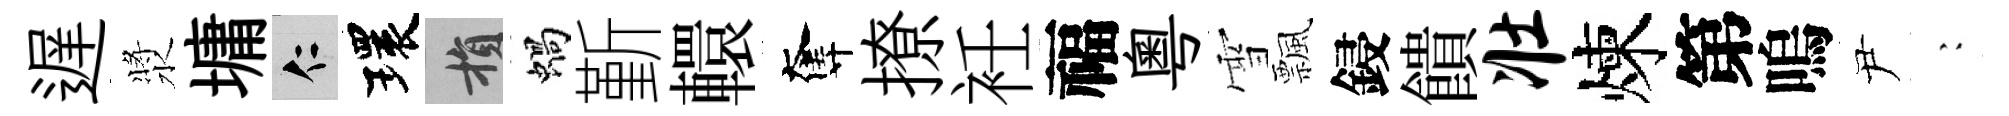
遅漿墉仁環損蝸斳轘奪撩衽福粤雪飄鋟饋壮煉第嗚尹巍